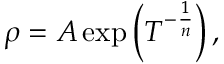
\rho = A \exp \left( T ^ { - { \frac { 1 } { n } } } \right) ,